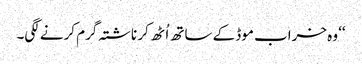
‘‘ وہ خراب موڈ کے ساتھ اُٹھ کر ناشتہ گرم کرنے لگی۔